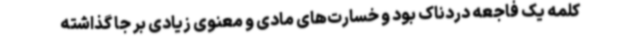
کلمه یک فاجعه دردناک بود و خسارت‌های مادی و معنوی زیادی بر جا گذاشته